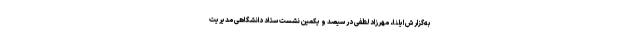
به‌گزارش ایلنا، مهرزاد لطفی در سیصد و یکمین نشست ستاد دانشگاهی مدیریت